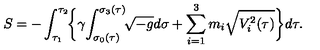
S = - \int _ { \tau _ { 1 } } ^ { \tau _ { 2 } } \! \biggl \{ \gamma \! \int _ { \sigma _ { 0 } ( \tau ) } ^ { \sigma _ { 3 } ( \tau ) } \! \! \sqrt { - g } d \sigma + \sum _ { i = 1 } ^ { 3 } m _ { i } \sqrt { V _ { i } ^ { 2 } ( \tau ) } \biggr \} d \tau .